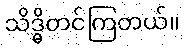
သိဒ္ဓိတင်ကြတယ်။